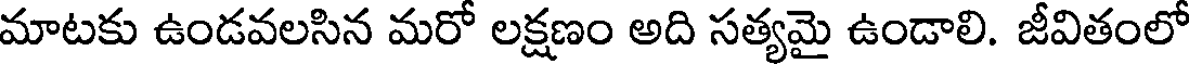
మాటకు ఉండవలసిన మరో లక్షణం అది సత్యమై ఉండాలి. జీవితంలో